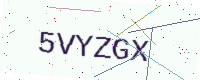
Text: 5VYZGX